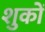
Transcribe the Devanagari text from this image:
शुकों